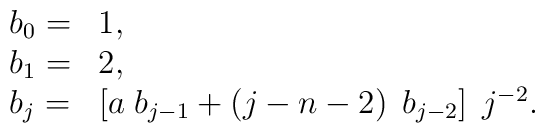
\begin{array}{ll}  b_{0}= & 1, \\  b_{1}= & 2, \\  b_{j}= & \left[ a\;b_{j-1}+\left( j-n-2\right) \;b_{j-2}\right] \;j^{-2}.  \end{array}